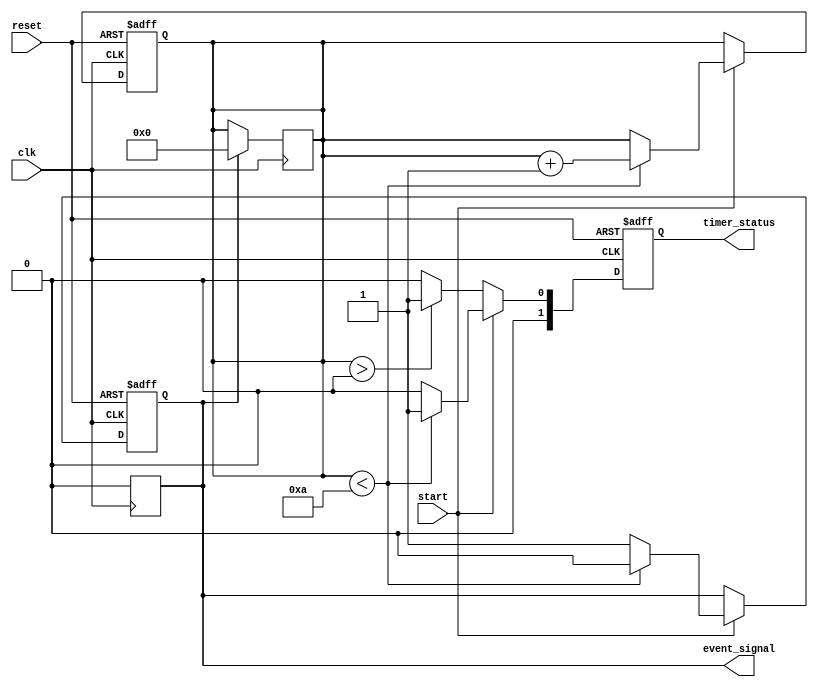
module TimerEventControl #(
    parameter TIME_DURATION = 10  // Time duration for the timer (in clock cycles)
)(
    input wire clk,                // Clock signal
    input wire start,              // Start signal
    input wire reset,              // Reset signal
    output reg event_signal,       // Event signal
    output reg [1:0] timer_status   // Timer status: 00 = stopped, 01 = running, 10 = reset
);

    reg [3:0] timer_count;         // Timer counter (4 bits to accommodate up to 15)
    
    // Timer status encoding
    localparam STOPPED = 2'b00;
    localparam RUNNING = 2'b01;
    localparam RESET = 2'b10;

    // Always block triggered on clock edge
    always @(posedge clk or posedge reset) begin
        if (reset) begin
            // Reset condition
            timer_count <= 0;
            event_signal <= 0;
            timer_status <= RESET;
        end else begin
            if (start) begin
                // Start counting
                timer_status <= RUNNING;
                if (timer_count < TIME_DURATION) begin
                    timer_count <= timer_count + 1;
                    event_signal <= 0; // Event not yet triggered
                end else begin
                    // Timer has reached the duration
                    event_signal <= 1; // Assert event signal
                    timer_status <= STOPPED; // Timer stops after triggering the event
                end
            end else begin
                // If not starting, keep the current state
                timer_status <= (timer_count > 0) ? RUNNING : STOPPED;
            end
        end
    end

    // Always block to handle event signal de-assertion after one clock cycle
    always @(posedge clk) begin
        if (event_signal) begin
            // De-assert event signal after one clock cycle
            event_signal <= 0;
            timer_count <= 0; // Optionally reset count after event generation
        end
    end

endmodule